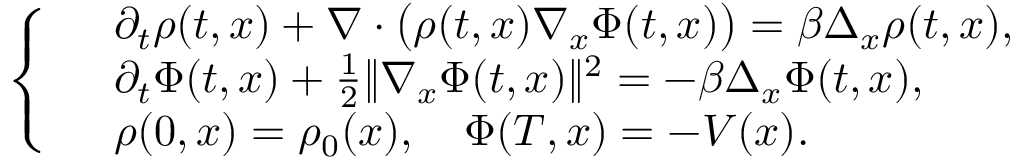
\left\{ \begin{array} { r l } & { \partial _ { t } \rho ( t , x ) + \nabla \cdot \big ( \rho ( t , x ) \nabla _ { x } \Phi ( t , x ) \big ) = \beta \Delta _ { x } \rho ( t , x ) , } \\ & { \partial _ { t } \Phi ( t , x ) + \frac { 1 } { 2 } \| \nabla _ { x } \Phi ( t , x ) \| ^ { 2 } = - \beta \Delta _ { x } \Phi ( t , x ) , } \\ & { \rho ( 0 , x ) = \rho _ { 0 } ( x ) , \quad \Phi ( T , x ) = - V ( x ) . } \end{array} \right.